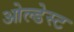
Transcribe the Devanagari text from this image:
ओल्डेस्ट